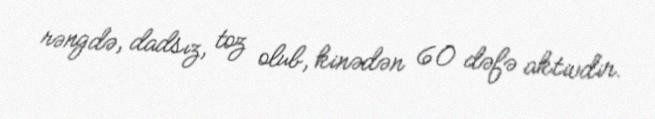
rəngdə, dadsız, toz olub, kinədən 60 dəfə aktivdir.